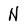
Character: N